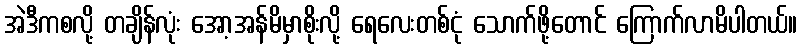
အဲဒီကစလို့ တချိန်လုံး အော့အန်မိမှာစိုးလို့ ရေလေးတစ်ငုံ သောက်ဖို့တောင် ကြောက်လာမိပါတယ်။